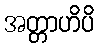
အတ္တာဟိပိ